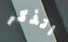
اتذكر